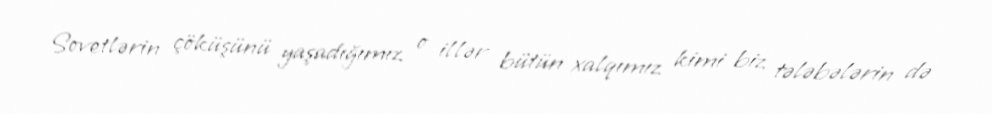
Sovetlərin çöküşünü yaşadığımız o illər bütün xalqımız kimi biz tələbələrin də